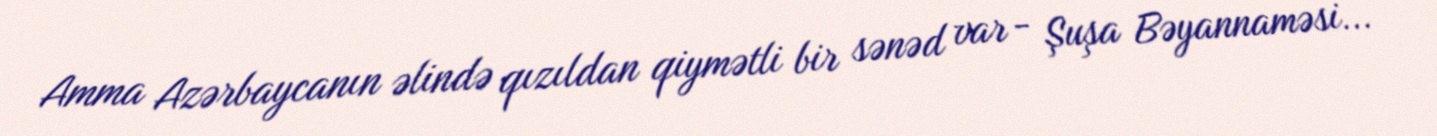
Amma Azərbaycanın əlində qızıldan qiymətli bir sənəd var - Şuşa Bəyannaməsi...